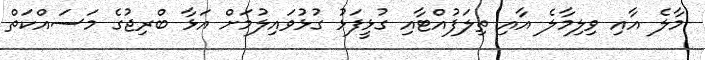
މާލެ އާއި ވިލިމާލެ އާއި ތިލަފުއްޓާއި ގުޅީފަޅު ގުޅުވައިލުމަށް އަޅާ ބްރިޖުގެ މަސައްކަތް